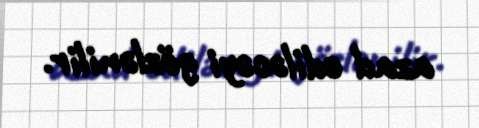
azad ediləcəyi gözlənilir.